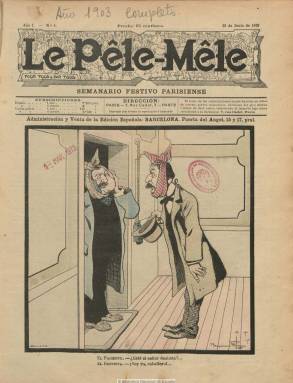
Título: Le Pêle-Mêle
Colección: Revistas satíricas y humorísticas
Ámbito geográfico: Barcelona
Lugar de publicación: Barcelona
Fechas: 28/06/1903-26/06/1904

Con el subtítulo “semanario festivo parisiense”, es la edición en lengua española de la revista humorística que, desde 1895, venía publicándose en la capital francesa, y que comienza a hacerlo en Barcelona a partir del 28 de junio de 1903, impresa por Henrich y Cª, y con numeración propia.

En su artículo de presentación hace referencia a la gran popularidad que había alcanzado la edición francesa original -220.000 ejemplares de venta- y al carácter moralizante de sus contenidos, ya que dice estar destinada al “hogar cristiano”, tanto a padres como a hijos –pour tous et par tous-, y contraria a otras revistas de su género, atrevidas y pornográficas. Dirá que su medio y fin es “procurar la sensación artística honesta, buscándola a través de la información y del dibujo de la vida parisiense”.

Efectivamente, en sus doce páginas por entrega, se revela como una revista profusamente ilustrada con viñetas, historietas y chistes, además de breves textos y pasatiempos (enigmas, charadas y adivinanzas), de autores franceses, entre los que se encuentran, principalmente, Benjamin Rabier, Luc Leguey y Leon Roze. Su portada es impresa a varias tintas, y la última, contiene algunos anuncios comerciales.

La colección de la Biblioteca Nacional de España alcanza hasta su número 26, correspondiente al 26 de junio de 1904. No debió seguir publicándose tras su año de vida, cosa que si hará su versión original francesa, hasta por lo menos 1925.